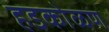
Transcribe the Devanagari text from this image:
हडकोळण